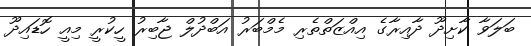
ބަލަވާ ކާށިދޫ ދާއިރާގެ އިއްޒަތްތެރި މެމްބަރު އަބްދުލް ޖާބިރު ހީކުރީީ މިއީ ހޮޑައިދޫ